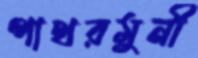
পাথরমুনী